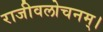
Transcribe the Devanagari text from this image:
राजीवलोचनम्‌।